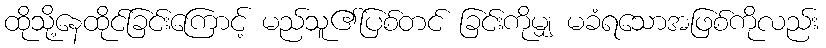
ထိုသို့နေထိုင်ခြင်းကြောင့် မည်သူ၏ပြစ်တင် ခြင်းကိုမျှ မခံရသောအဖြစ်ကိုလည်း